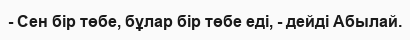
- Сен бір төбе, бұлар бір төбе еді, - дейді Абылай.